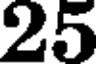
25